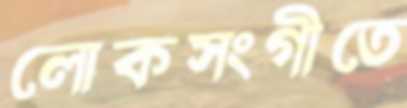
লোকসংগীতে